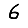
Digit: 6